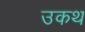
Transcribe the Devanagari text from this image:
उकथ